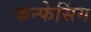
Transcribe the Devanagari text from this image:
कन्फेसिंग